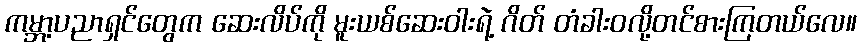
ကမ္ဘာ့ပညာရှင်တွေက ဆေးလိပ်ကို မူးယစ်ဆေးဝါးရဲ့ ဂိတ် တံခါးဝလို့တင်စားကြတယ်လေ။